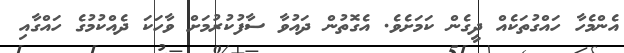
އެންމެހާ ހައްގުތަކެއް ދީގެން ކަމަށެވެ. އެގޮތުން ދައުވާ ސާފުކުރުމަށް ވާހަކަ ދެއްކުމުގެ ހައްގާއި